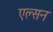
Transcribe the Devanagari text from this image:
एल्सन